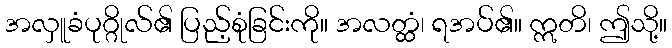
အလှူခံပုဂ္ဂိုလ်၏ ပြည့်စုံခြင်းကို။ အလတ္ထံ၊ ရအပ်၏။ ဣတိ၊ ဤသို့။